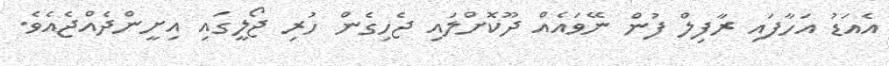
އެއަޑު އަހާފައި ރާފިލް ފުން ނޭވައެއް ދޫކޮށްލައި ޖެހިގެން ހުރި ޖޯލީގައި އިށީންދެއްޖެއެވެ.